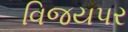
વિજયપર